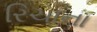
રિચાના